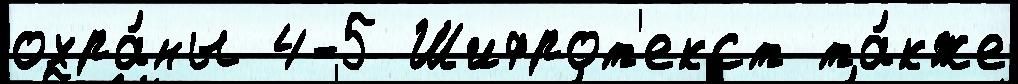
охра́ны 4-5 Шифрот'екст та́кже